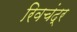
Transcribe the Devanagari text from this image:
रिवचंद्र